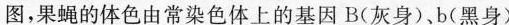
图，果蝇的体色由常染色体上的基因B(灰身)、b(黑身)